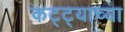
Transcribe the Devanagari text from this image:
कट्ट्याच्या